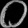
Digit: ၀